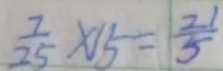
\frac { 7 } { 2 5 } \times 1 5 = \frac { 2 1 } { 5 }